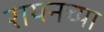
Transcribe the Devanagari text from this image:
रायनच्या